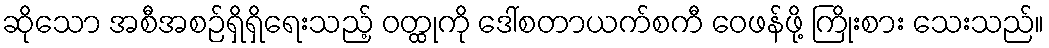
ဆိုသော အစီအစဉ်ရှိရှိရေးသည့် ဝတ္ထုကို ဒေါ်စတာယက်စကီ ဝေဖန်ဖို့ ကြိုးစား သေးသည်။